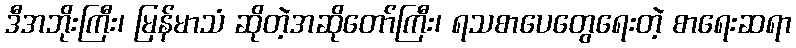
ဒီအဘိုးကြီး၊ မြန်မာသံ ဆိုတဲ့အဆိုတော်ကြီး၊ ရသစာပေတွေရေးတဲ့ စာရေးဆရာ